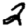
Digit: 2